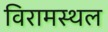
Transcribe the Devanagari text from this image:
विरामस्थल